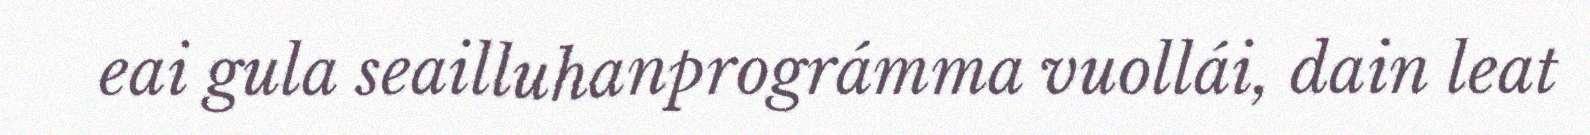
eai gula seailluhanprográmma vuollái, dain leat